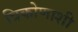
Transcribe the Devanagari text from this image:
त्रिकोणाशी